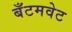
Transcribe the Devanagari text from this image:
बँटमवेट